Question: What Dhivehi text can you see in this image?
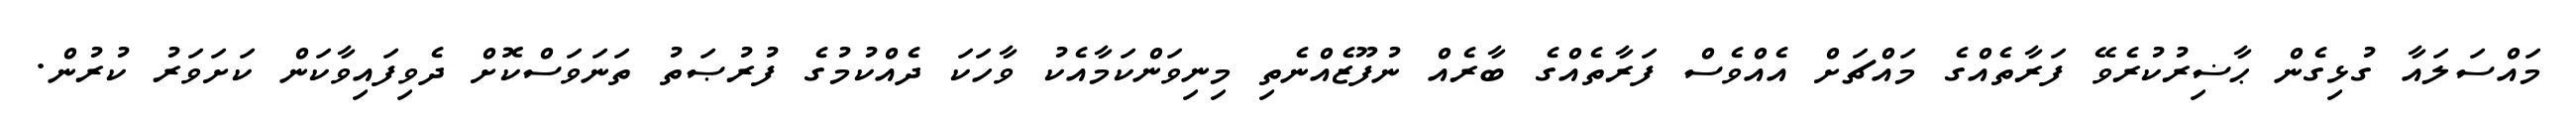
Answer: މައްސަލައާ ގުޅިގެން ޙާޟިރުކުރެވޭ ފަރާތެއްގެ މައްޗަށް އެއްވެސް ފަރާތެއްގެ ބާރެއް ނުފޫޒެއްނެތި މިނިވަންކަމާއެކު ވާހަކަ ދެއްކުމުގެ ފުރުޞަތު ތަނަވަސްކޮށް ދެވިފައިވާކަން ކަށަވަރު ކުރުން.